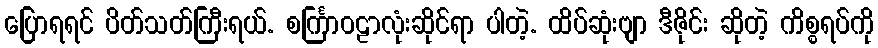
ပြောရရင် ပိတ်သတ်ကြီးရယ်. စင်္ကြာဝဠာလုံးဆိုင်ရာ ပါတဲ့. ထိပ်ဆုံးဗျာ ဒီဇိုင်း ဆိုတဲ့ ကိစ္စရပ်ကို